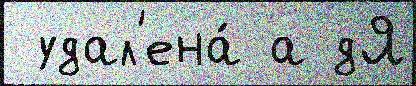
 удал'ена́ а дЯ